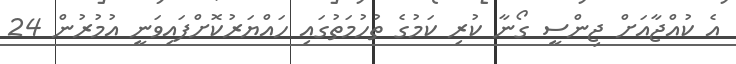
އެ ކުއްޖާއަަށް ޖިންސީ ގޯނާ ކުރި ކަމުގެ ތުހުމަތުގައި ހައްޔަރުކޮށްފައިވަނީ އުމުރުން 24